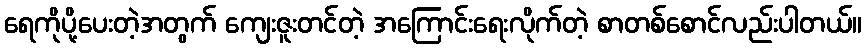
ရေကိုပို့ပေးတဲ့အတွက် ကျေးဇူးတင်တဲ့ အကြောင်းရေးလိုက်တဲ့ စာတစ်စောင်လည်းပါတယ်။